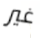
غير